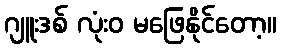
ဂျူးဒစ် လုံးဝ မဖြေနိုင်တော့။